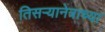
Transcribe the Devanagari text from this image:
तिसऱ्यानेत्राच्या